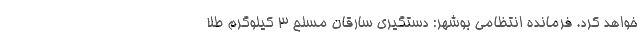
خواهد کرد. فرمانده انتظامی بوشهر: دستگیری سارقان مسلح ۳ کیلوگرم طلا